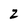
Character: z